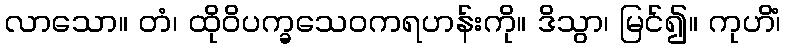
လာသော။ တံ၊ ထိုဝိပက္ခသေဝကရဟန်းကို။ ဒိသွာ၊ မြင်၍။ ကုဟိံ၊